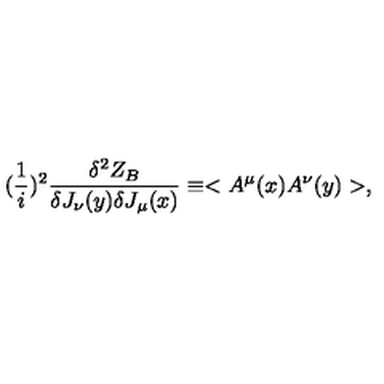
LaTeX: ( { \frac { 1 } { i } } ) ^ { 2 } { \frac { \delta ^ { 2 } Z _ { B } } { \delta J _ { \nu } ( y ) \delta J _ { \mu } ( x ) } } \equiv < A ^ { \mu } ( x ) A ^ { \nu } ( y ) > ,